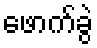
ဖောက်ခွဲ